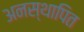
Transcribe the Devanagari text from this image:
अनस्थापित